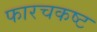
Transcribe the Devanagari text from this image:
फारचकष्ट